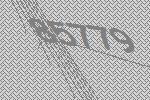
85779